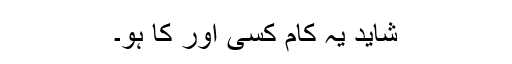
شاید یہ کام کسی اور کا ہو۔